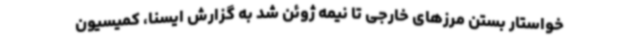
خواستار بستن مرزهای خارجی تا نیمه ژوئن شد به گزارش ایسنا، کمیسیون